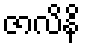
ဇာလိနိ